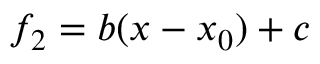
f _ { 2 } = b ( x - x _ { 0 } ) + c